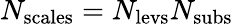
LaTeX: N_{\mathrm{scales}}=N_{\mathrm{levs}}N_{\mathrm{subs}}